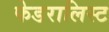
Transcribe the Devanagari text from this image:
फेडरालिस्ट